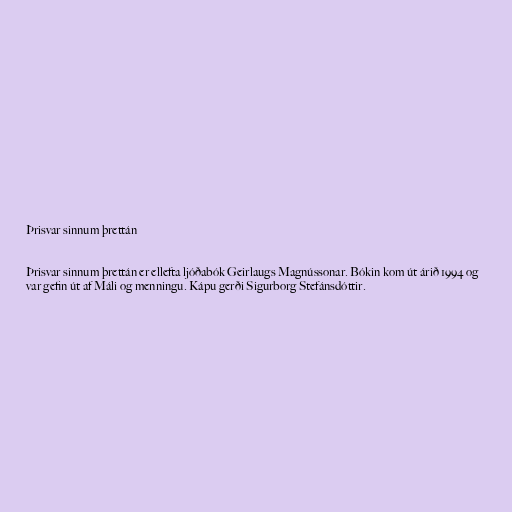
Þrisvar sinnum þrettán

Þrisvar sinnum þrettán er ellefta ljóðabók Geirlaugs Magnússonar. Bókin kom út árið 1994 og
var gefin út af Máli og menningu. Kápu gerði Sigurborg Stefánsdóttir.